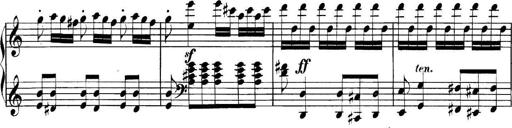
Title: Collected Piano Sonatas
Composer: Muzio Clementi